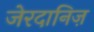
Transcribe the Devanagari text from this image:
जेरदानिज़